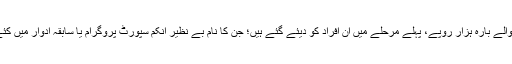
شنید ہے کہ ابھی تک احساس پروگرام کے تحت دیئے جانے والے بارہ ہزار روپے، پہلے مرحلے میں اُن افراد کو دیئے گئے ہیں؛ جن کا نام بے نظیر انکم سپورٹ پروگرام یا سابقہ ادوار میں کئے گئے، غربت کے حوالے سے مختلف سروے میں شامل تھا۔